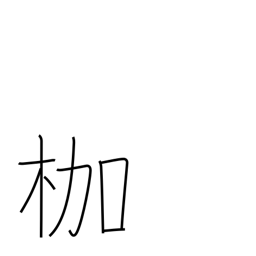
Meaning: bonds